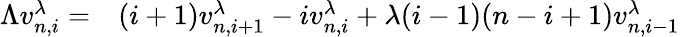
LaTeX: \begin{array}{rl}{\Lambda v_{n,i}^{\lambda}=}&{{}(i+1)v_{n,i+1}^{\lambda}-iv_{n,i}^{\lambda}+\lambda(i-1)(n-i+1)v_{n,i-1}^{\lambda}}\end{array}